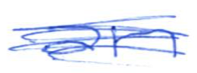
Text: an
Cross-out: scratch
Writing tool: ballpoint